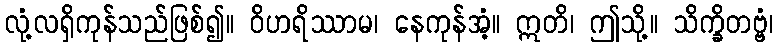
လုံ့လရှိကုန်သည်ဖြစ်၍။ ဝိဟရိဿာမ၊ နေကုန်အံ့။ ဣတိ၊ ဤသို့။ သိက္ခိတဗ္ဗံ၊